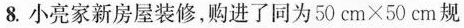
8.小亮家新房屋装修，购进了同为$$5 0 cm \times 5 0 cm$$规